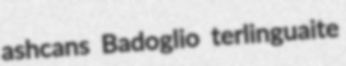
ashcans Badoglio terlinguaite